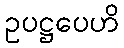
ဥပဋ္ဌပေဟိ